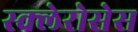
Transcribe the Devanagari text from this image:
स्क्लेरोसेस